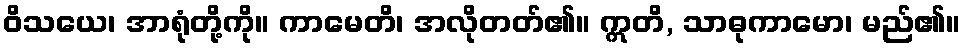
ဝိသယေ၊ အာရုံတို့ကို။ ကာမေတိ၊ အလိုတတ်၏။ ဣတိ, သာဓုကာမော၊ မည်၏။